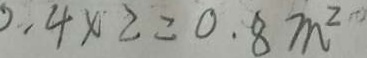
4 \times 2 = 0 . 8 m ^ { 2 }